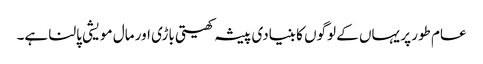
عام طور پر یہاں کے لوگوں کا بنیادی پیشہ کھیتی باڑی اور مال مویشی پالنا ہے۔